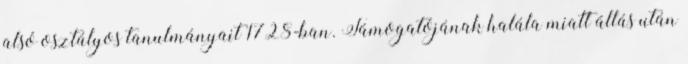
alsó osztályos tanulmányait 1728-ban. Támogatójának halála miatt állás után